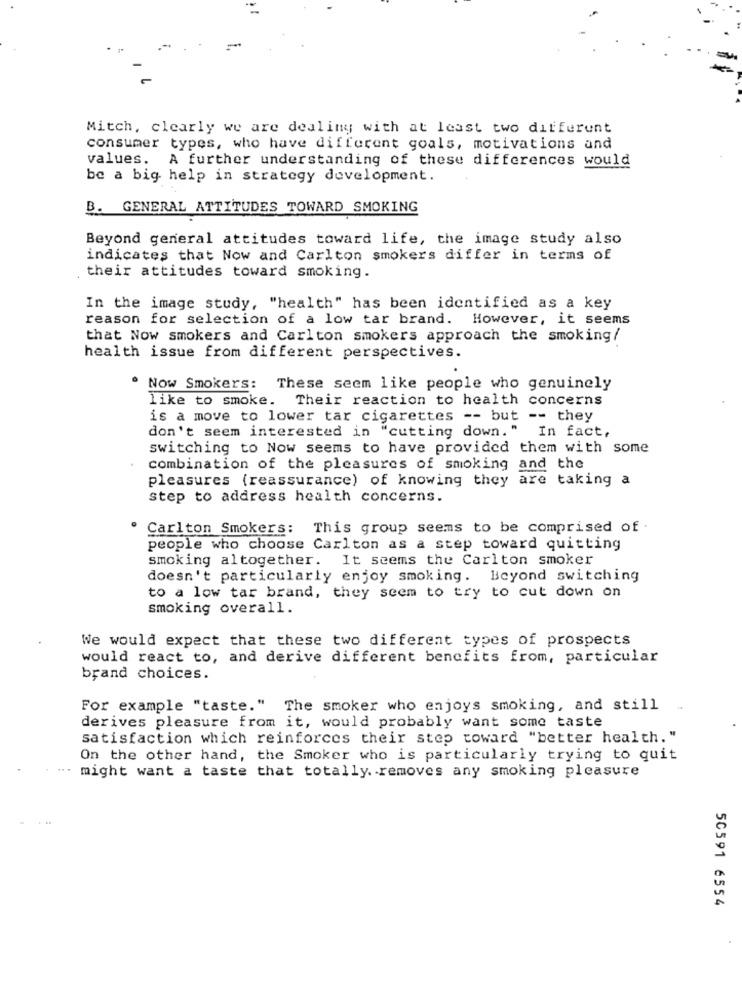
-
Mitch, clearly we are dealing with at least two different
consumer types, who have different goals, motivations and
values. A further understanding of these differences would
be a big help in strategy development.
B. GENERAL ATTITUDES TOWARD SMOKING
Beyond general attitudes toward life, the image study also
indicates that Now and Carlton smokers differ in terms of
their attitudes toward smoking.
In the image study, "health" has been identified as a key
reason for selection of a low tar brand. However, it seems
that Now smokers and Carlton smokers approach the smoking/
health issue from different perspectives.
Now Smokers: These seem like people who genuinely
like to smoke.
Their reaction to health concerns
is a move to lower tar cigarettes -- but -- they
don't seem interested in "cutting down. "
In fact,
switching to Now seems to have provided them with some
combination of the pleasures of smoking and the
pleasures (reassurance) of knowing they
are taking a
step to address health concerns.
Carlton Smokers: This group seems to be comprised of .
people who choose Carlton as a step toward quitting
smoking altogether. It seems the Carlton smoker
doesn't particularly enjoy smoking. Beyond switching
to a low tar brand, they seem to try to cut down on
smoking overall.
We would expect that these two different types of prospects
would react to, and derive different benefits from, particular
brand choices.
For example "taste." The smoker who enjoys smoking, and still
derives pleasure from it, would probably want some taste
satisfaction which reinforces their step toward "better health."
On the other hand, the Smoker who is particularly trying to quit
". might want a taste that totally. removes any smoking pleasure
50591 6554